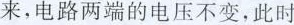
来，电路两端的电压不变，此时